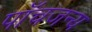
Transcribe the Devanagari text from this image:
पाँचजन्य